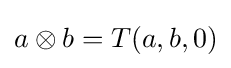
a\otimes b=T(a,b,0)